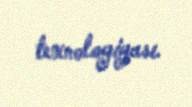
texnologiyası.